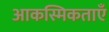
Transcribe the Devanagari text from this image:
आकस्मिकताएँ